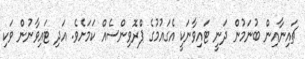
ޗައިނާއިން ބުނަމުން ދަނީ ޓައިވާނަކީ އެގައުމުގެ ޕްރޮވިންސެއް ކަމަށެވެ. އަދި ޓައިވާނުން ވަކި